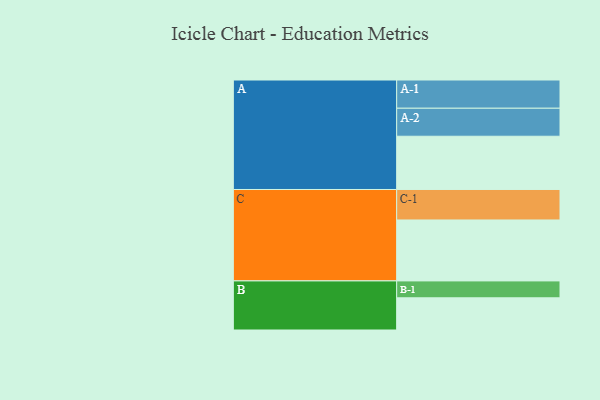
{"axis": {"x": "Segment", "y": "Value"}, "legend": ["", "A", "B", "C"], "data": [{"x": "A", "y": 498, "type": ""}, {"x": "B", "y": 301, "type": ""}, {"x": "C", "y": 570, "type": ""}, {"x": "A-1", "y": 264, "type": "A"}, {"x": "A-2", "y": 262, "type": "A"}, {"x": "B-1", "y": 158, "type": "B"}, {"x": "C-1", "y": 285, "type": "C"}]}